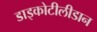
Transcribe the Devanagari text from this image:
डाइकोटीलीडान